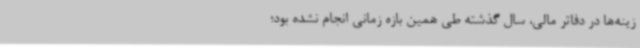
زینه‌ها در دفاتر مالی، سال گذشته طی همین بازه زمانی انجام نشده بود؛